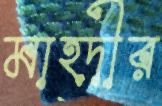
মাহ্দীর